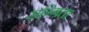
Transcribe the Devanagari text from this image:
सग्गिता